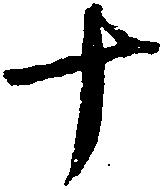
十